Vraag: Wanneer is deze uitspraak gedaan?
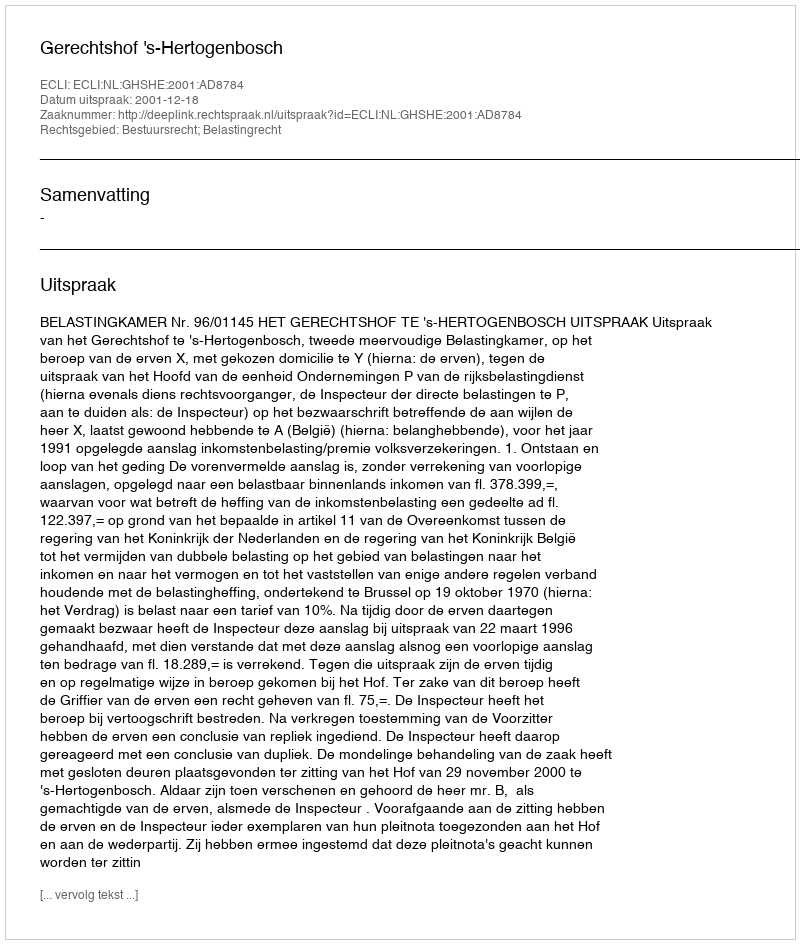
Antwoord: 2001-12-18